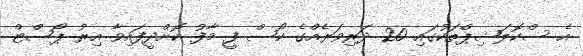
އެ ސްކޮލަޝިޕްތަކުގައި 20 ދަރިވަރެއްގެ ކޯސް ފީ މާފު ކޮށްދީފައިވާ އިރު ޕޯސްޓް